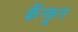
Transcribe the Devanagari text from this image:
कॅन्कून